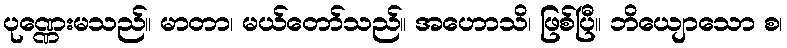
ပုဏ္ဏေးမသည်။ မာတာ၊ မယ်တော်သည်။ အဟောသိ၊ ဖြစ်ပြီ။ ဘိယျောသော စ၊